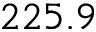
2 2 5 . 9